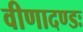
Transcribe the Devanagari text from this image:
वीणादण्डः